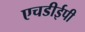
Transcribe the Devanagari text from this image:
एचडीईपी